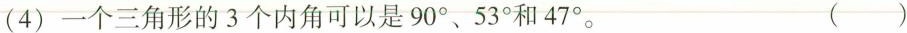
(4)一个三角形的3个内角可以是90°、53°和47°。（）